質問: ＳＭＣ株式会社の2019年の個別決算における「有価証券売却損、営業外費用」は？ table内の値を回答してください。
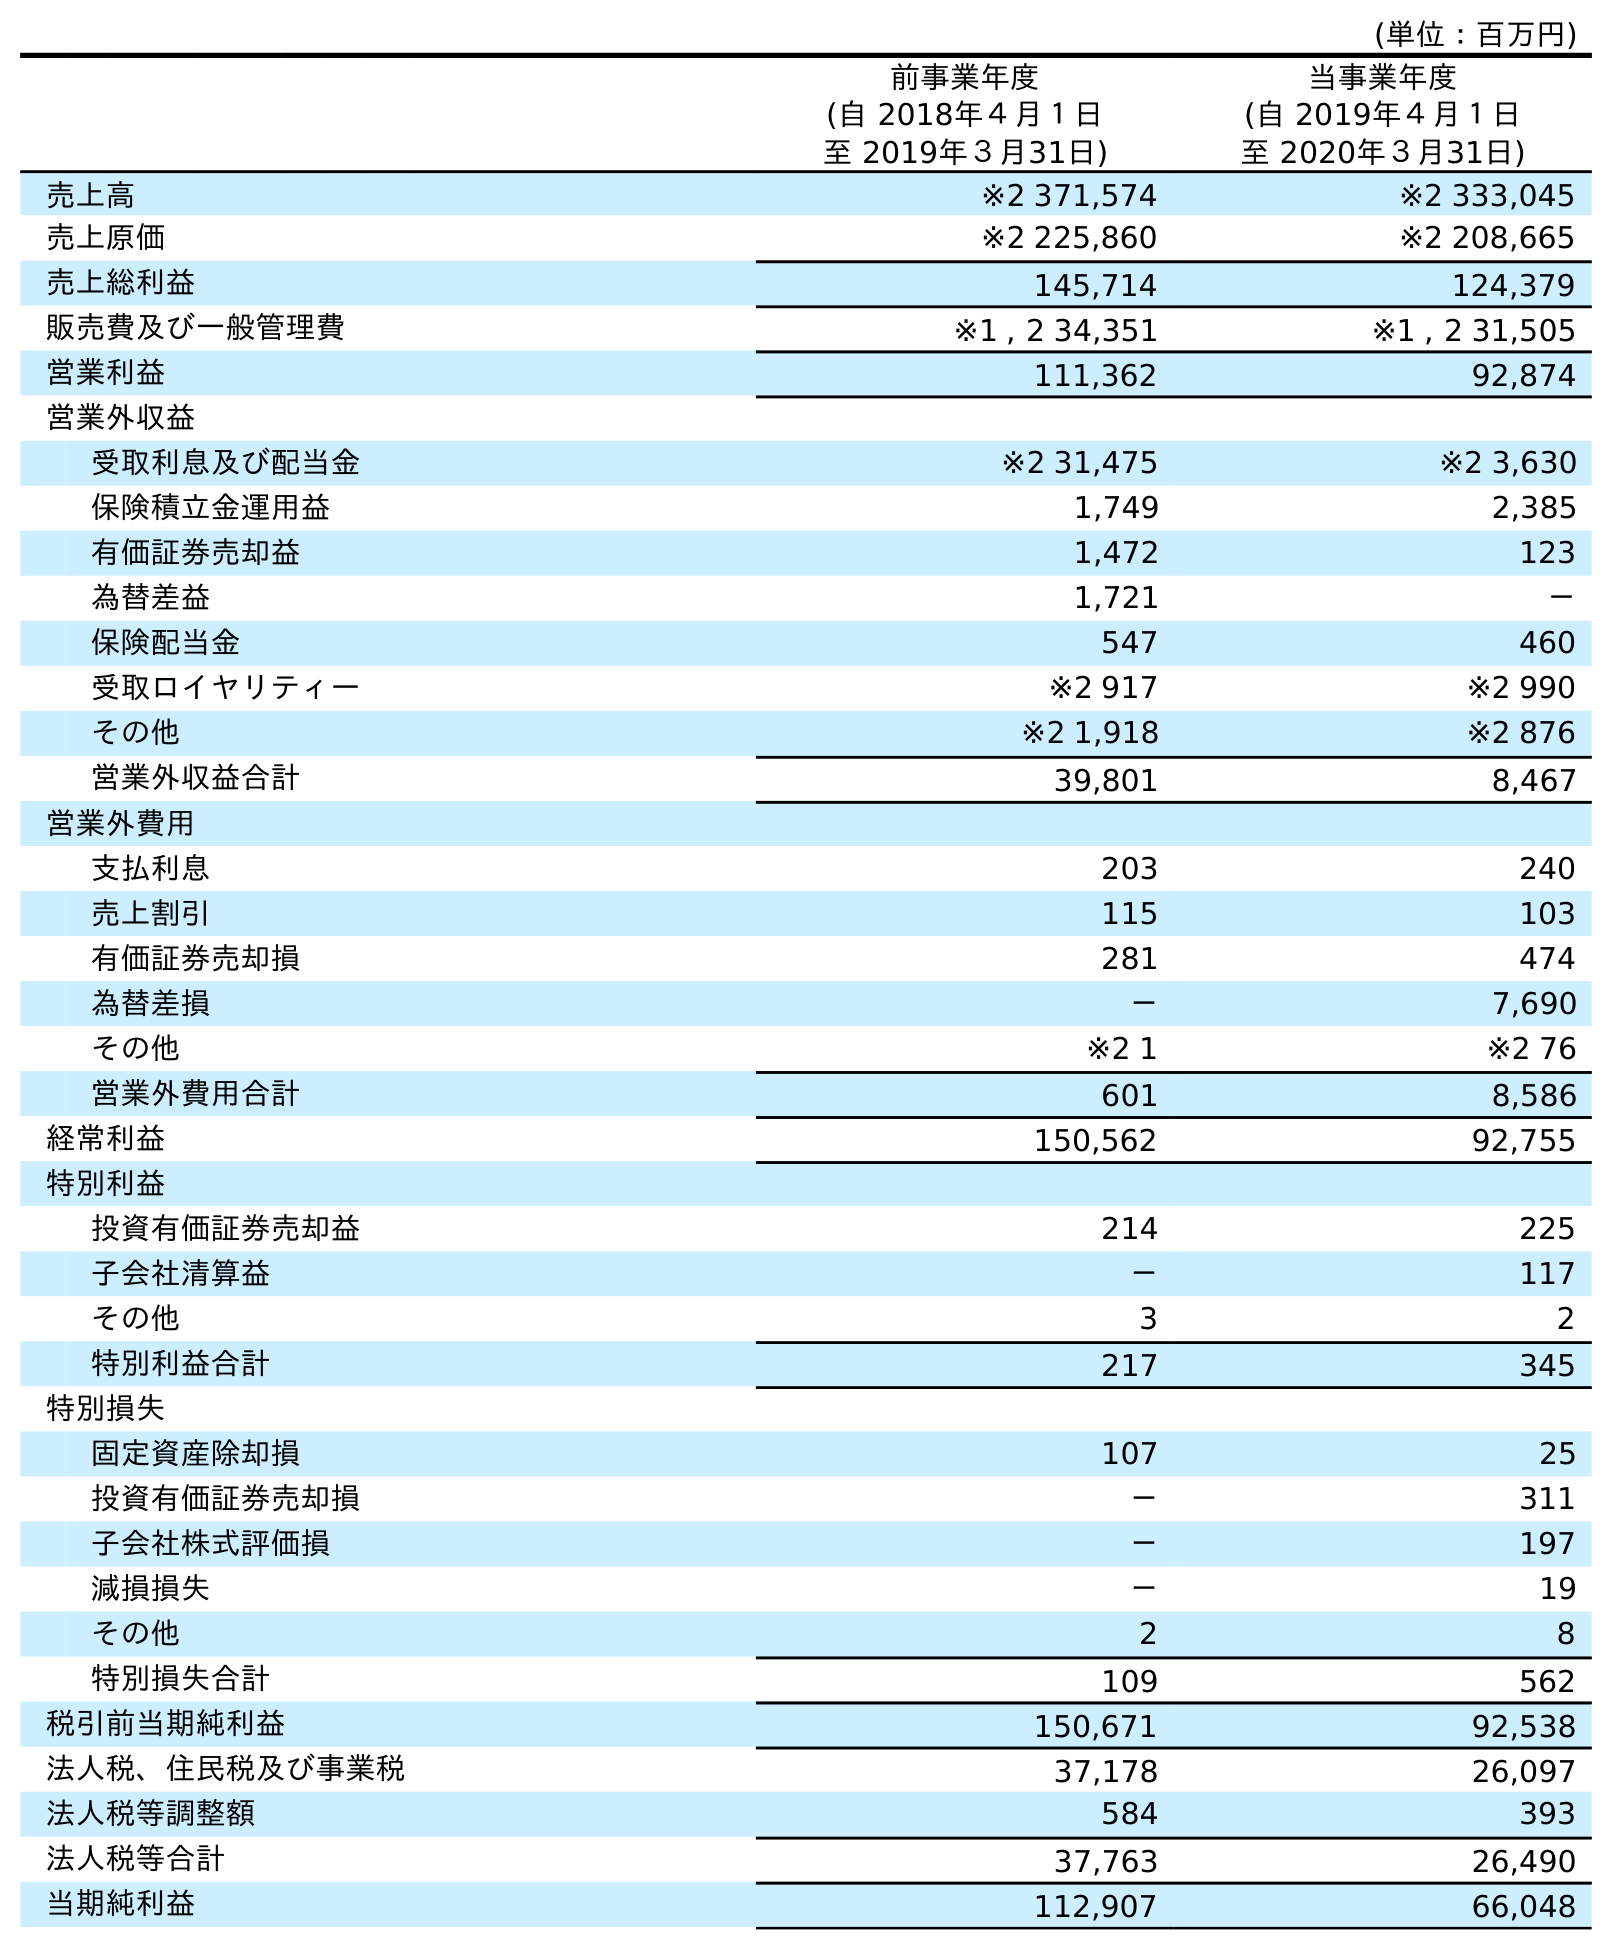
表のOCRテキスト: (単位：百万円) 前事業年度 (自 2018年４月１日 至 2019年３月31日) 当事業年度 (自 2019年４月１日 至 2020年３月31日) 売上高 ※2 371,574 ※2 333,045 売上原価 ※2 225,860 ※2 208,665 売上総利益 145,714 124,379 販売費及び一般管理費 ※1 , 2 34,351 ※1 , 2 31,505 営業利益 111,362 92,874 営業外収益 受取利息及び配当金 ※2 31,475 ※2 3,630 保険積立金運用益 1,749 2,385 有価証券売却益 1,472 123 為替差益 1,721 － 保険配当金 547 460 受取ロイヤリティー ※2 917 ※2 990 その他 ※2 1,918 ※2 876 営業外収益合計 39,801 8,467 営業外費用 支払利息 203 240 売上割引 115 103 有価証券売却損 281 474 為替差損 － 7,690 その他 ※2 1 ※2 76 営業外費用合計 601 8,586 経常利益 150,562 92,755 特別利益 投資有価証券売却益 214 225 子会社清算益 － 117 その他 3 2 特別利益合計 217 345 特別損失 固定資産除却損 107 25 投資有価証券売却損 － 311 子会社株式評価損 － 197 減損損失 － 19 その他 2 8 特別損失合計 109 562 税引前当期純利益 150,671 92,538 法人税、住民税及び事業税 37,178 26,097 法人税等調整額 584 393 法人税等合計 37,763 26,490 当期純利益 112,907 66,048
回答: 281